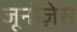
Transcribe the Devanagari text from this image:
जूनोज़ेस